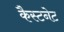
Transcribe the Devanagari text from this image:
कैस्टनेट